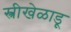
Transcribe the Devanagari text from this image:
स्त्रीखेळाडू